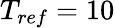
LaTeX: T_{ref}=10